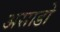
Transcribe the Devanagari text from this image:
असाडो